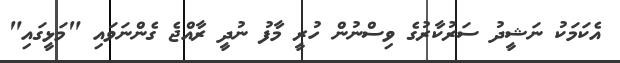
އެކަމަކު ނަޝީދު ސަރުކާރުގެ ވިސްނުން ހުރީ މާފު ނުދީ ރާއްޖެ ގެންނަވައި "މަޅީގައި"